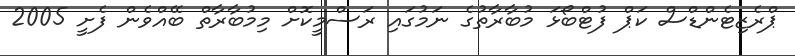
ޕްރެޒިޓެންޑްސް ކަޕް ފުޓްބޯޅަ މުބާރާތުގެ ނަމުގައި ރަސްމީކޮށް މިމުބާރާތް ބޭއްވެން ފެށީ 2005